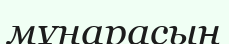
мұнарасың